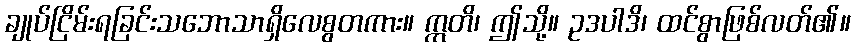
ချုပ်ငြိမ်းရခြင်းသဘောသာရှိလေစွတကား။ ဣတိ၊ ဤသို့။ ဥဒပါဒိ၊ ထင်စွာဖြစ်လတ်၏။